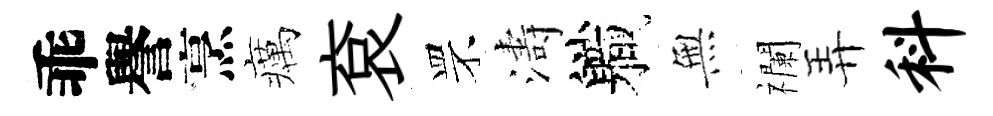
乖譽烹癘袞罘濤軄𭴾襴弄料